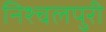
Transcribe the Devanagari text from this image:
निश्चलपुरी